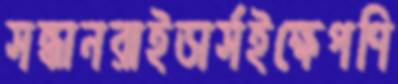
সন্ধানরাইডার্সইক্ষেপণি